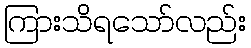
ကြားသိရသော်လည်း